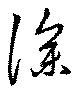
深